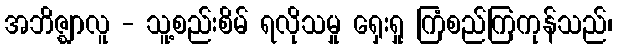
အဘိဇ္ဈာလူ - သူ့စည်းစိမ် ရလိုသမှု ရှေးရှု ကြံစည်ကြကုန်သည်၊